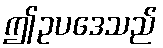
ဤဥပဒေသည်